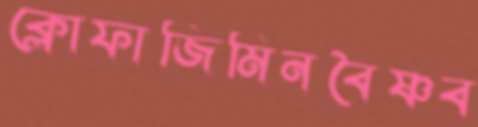
ক্লোফাজিমিনবৈষ্ণব